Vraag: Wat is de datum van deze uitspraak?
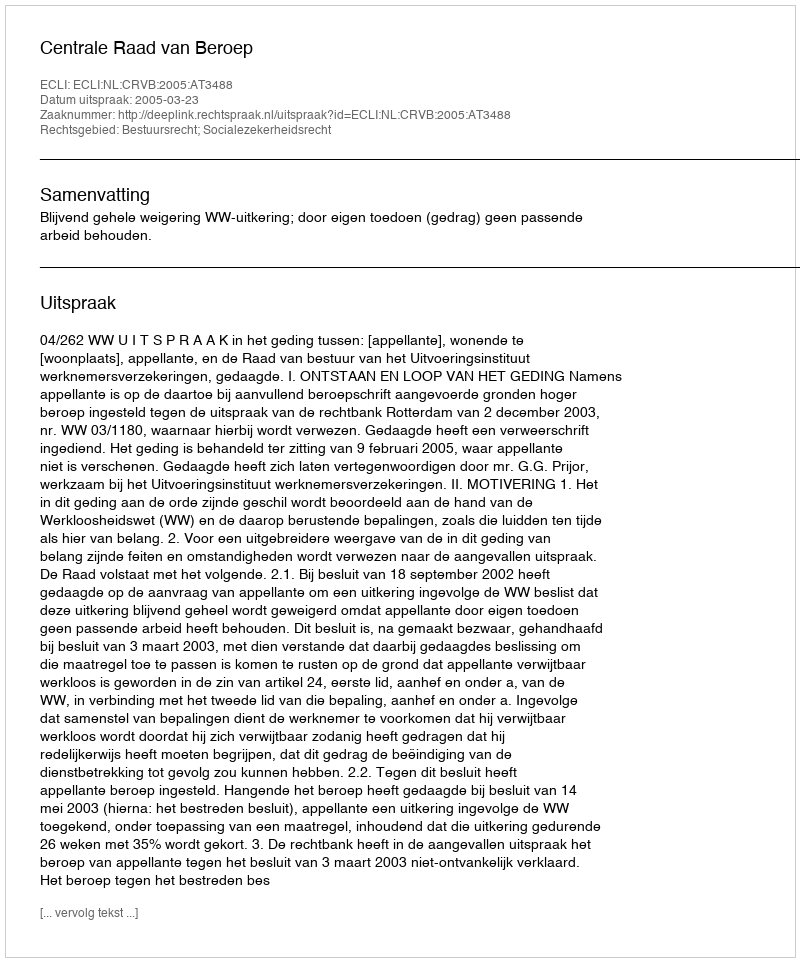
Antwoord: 2005-03-23